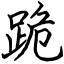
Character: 跪